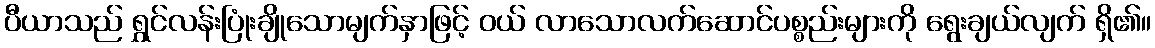
ပီယာသည် ရွှင်လန်းပြုံးချိုသောမျက်နှာဖြင့် ဝယ် လာသောလက်ဆောင်ပစ္စည်းများကို ရွေးချယ်လျက် ရှိ၏။